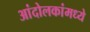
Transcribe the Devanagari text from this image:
आंदोलकांमध्ये